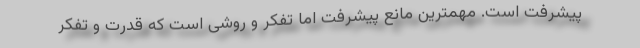
پیشرفت است. مهمترین مانع پیشرفت اما تفکر و روشی است که قدرت و تفکر